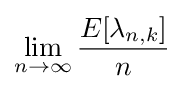
\lim _{n\to \infty }{\frac {E[\lambda _{n,k}]}{n}}